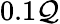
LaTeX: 0.1\mathcal{Q}